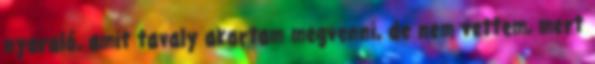
nyaraló, amit tavaly akartam megvenni, de nem vettem, mert